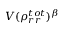
V ( \rho _ { r r } ^ { t o t } ) ^ { \beta }